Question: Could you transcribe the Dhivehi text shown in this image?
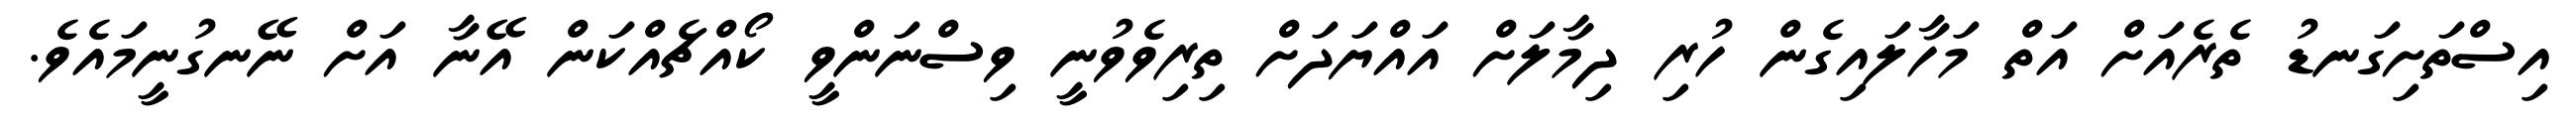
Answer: އިސްތަށިގަނޑު ތެރެއަށް އަތް މަހާލައިގެން ހުރި ދިމާލަށް އައްޔަދަށް ތިރިވެވުނީ ވިސްނަންވީ ކޯއްޗެއްކަން އޭނާ އަށް ނޭނގުނީމައެވެ.